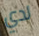
لدي